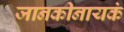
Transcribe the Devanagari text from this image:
जानकीनायकं